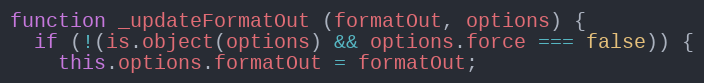
Language: JavaScript
function _updateFormatOut (formatOut, options) {
  if (!(is.object(options) && options.force === false)) {
    this.options.formatOut = formatOut;